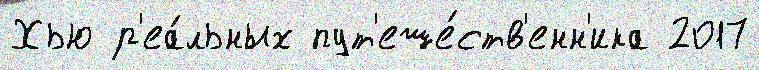
Хью р'еа́льных пут'еше́ств'енн'ика 2017